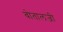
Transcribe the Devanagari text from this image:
बोतालजी